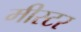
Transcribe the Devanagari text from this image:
मीस्टर